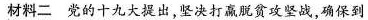
材料二 党的十九大提出，坚决打赢脱贫攻坚战，确保到